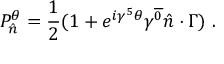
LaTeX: P _ { \hat { n } } ^ { \theta } = { \frac { 1 } { 2 } } ( 1 + e ^ { i \gamma ^ { 5 } \theta } \gamma ^ { \overline { { { 0 } } } } \hat { n } \cdot \Gamma ) \ .